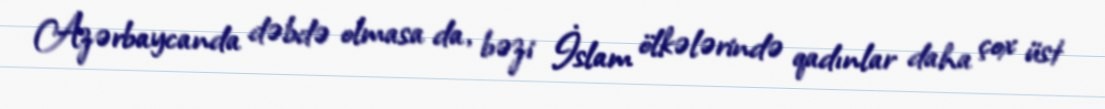
Azərbaycanda dəbdə olmasa da, bəzi İslam ölkələrində qadınlar daha çox üst